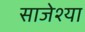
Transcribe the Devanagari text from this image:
साजेश्या